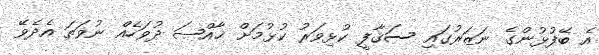
އެ ބޭފުޅުންގެ ނަޒަރުގައި ސަޤާފީ ކުޅިވަރު ކުޅުމަށް ޚާއްޞަ ދުވަހެއް ނުވަތަ އެދެވޭ